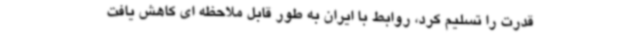
قدرت را تسلیم کرد، روابط با ایران به طور قابل ملاحظه ای کاهش یافت